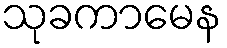
သုခကာမေန